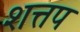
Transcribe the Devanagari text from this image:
शत्तप